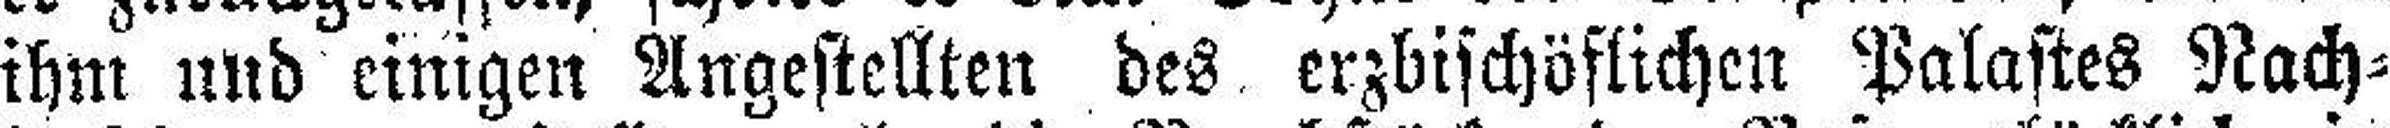
ihm und einigen Angestellten des erzbischöflichen Palastes Nach¬